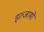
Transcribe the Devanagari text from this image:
इल्जामों